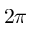
2 \pi